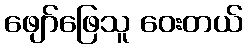
ဖျော်ဖြေသူ ဝေးတယ်